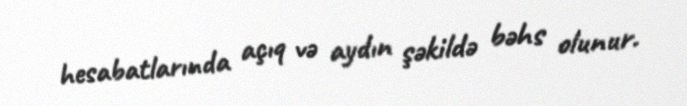
hesabatlarında açıq və aydın şəkildə bəhs olunur.